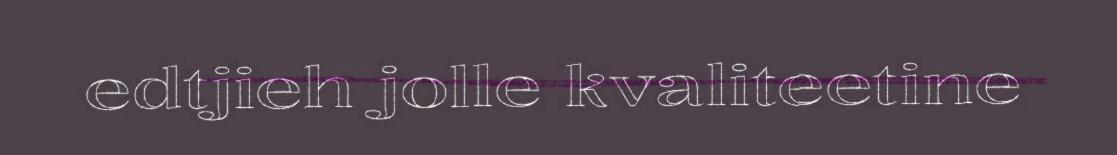
edtjieh jolle kvaliteetine